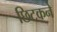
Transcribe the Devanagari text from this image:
छिटकने